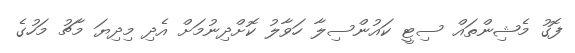
ފޮގު މެޝިންތައް ސިޓީ ކައުންސިލާ ހަވާލު ކޮށްދިނުމަށް އެދި މިދިޔަ މާޗު މަހުގެ